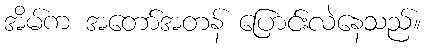
အိမ်က အတော်အတန် ပြောင်းလဲနေသည်။